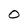
Character: O